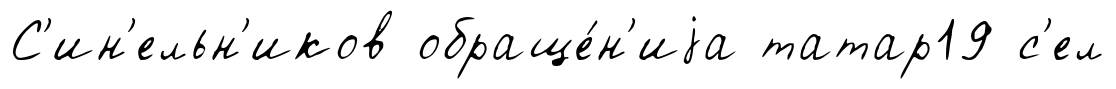
С'ин'ельн'иков обраще́н'иjа татар19 с'ел